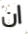
ان